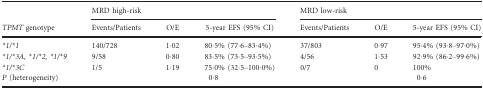
<table><thead><tr><td></td><td colspan="3"><b>MRD high-risk</b></td><td colspan="3"><b>MRD low-risk</b></td></tr><tr><td><b><i>TPMT</i> genotype</b></td><td><b>Events/Patients</b></td><td><b>O/E</b></td><td><b>5-year EFS (95% CI)</b></td><td><b>Events/Patients</b></td><td><b>O/E</b></td><td><b>5-year EFS (95% CI)</b></td></tr></thead><tbody><tr><td><i>*1/*1</i></td><td>140/728</td><td>1·02</td><td>80·5% (77·6–83·4%)</td><td>37/803</td><td>0·97</td><td>95·4% (93·8–97·0%)</td></tr><tr><td><i>*1/*3A, *1/*2, *1/*9</i></td><td>9/58</td><td>0·80</td><td>83·5% (73·5–93·5%)</td><td>4/56</td><td>1·53</td><td>92·9% (86·2–99·6%)</td></tr><tr><td><i>*1/*3C</i></td><td>1/5</td><td>1·19</td><td>75·0% (32·5–100·0%)</td><td>0/7</td><td>0</td><td>100%</td></tr><tr><td><i>P</i> (heterogeneity)</td><td></td><td></td><td>0·8</td><td></td><td></td><td>0·6</td></tr></tbody></table>